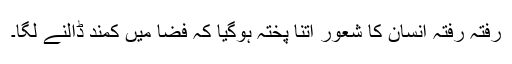
رفتہ رفتہ انسان کا شعور اتنا پختہ ہوگیا کہ فضا میں کمند ڈالنے لگا۔